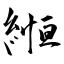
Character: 縆